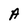
Character: A